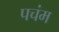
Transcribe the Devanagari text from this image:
पचंम